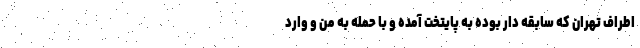
اطراف تهران که سابقه دار بوده به پایتخت آمده و با حمله به من و وارد